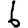
Digit: 6